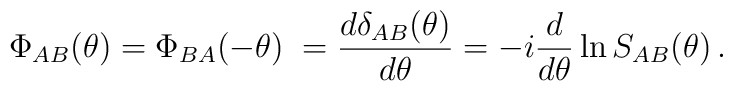
\Phi _{AB}(\theta )=\Phi _{BA}(-\theta )\;= \frac{d \delta_{AB}(\theta)}{d\theta }=-i\frac{d}{d\theta }\ln S_{AB}(\theta )\,.